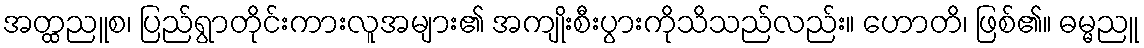
အတ္ထညူစ၊ ပြည်ရွာတိုင်းကားလူအများ၏ အကျိုးစီးပွားကိုသိသည်လည်း။ ဟောတိ၊ ဖြစ်၏။ ဓမ္မညူ